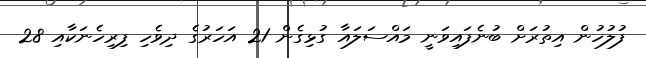
ފުލުހުން އިތުރަށް ބުނެފައިވަނީ މައްސަލައާ ގުޅިގެން 21 އަހަރުގެ ދިވެހި ފިރިހެނަކާއި 28